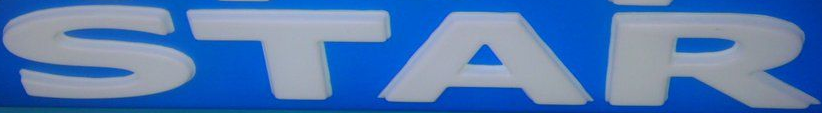
STAR